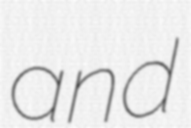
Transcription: and